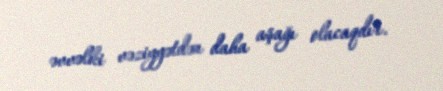
əvvəlki vəziyyətdən daha aşağı olacaqdır.